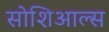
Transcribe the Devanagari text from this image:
सोशिआल्स